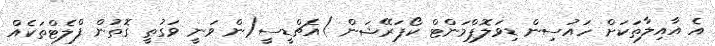
އެ އާއިލާތަކަށް ހައުސިން ޑިވަލޮޕްމަންޓް ކޯޕަރޭޝަން )އެޗްޑީސީ(ން ވަނީ ވަގުތީ ގޮތުން ފްލެޓްތަކެއް